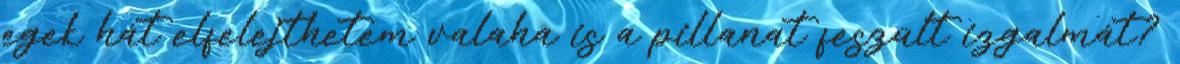
egek hát elfelejthetem valaha is a pillanat feszült izgalmát?